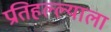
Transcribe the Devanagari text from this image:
प्रतिहल्ल्याला